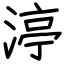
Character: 渟